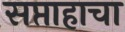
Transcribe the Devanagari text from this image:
सप्ताहाचा